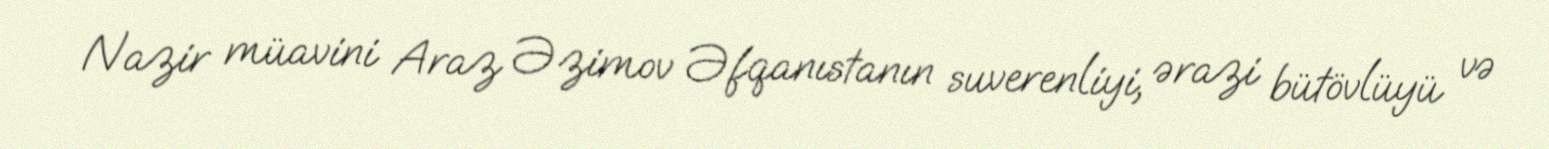
Nazir müavini Araz Əzimov Əfqanıstanın suverenliyi, ərazi bütövlüyü və